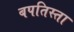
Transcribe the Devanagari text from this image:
बपतिस्ता